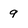
Character: 9